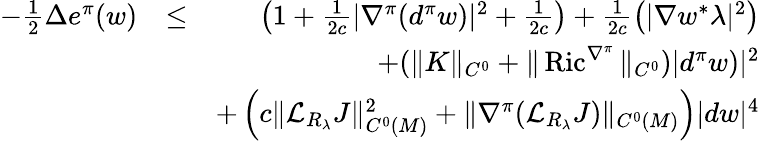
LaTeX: \begin{array}{rlr}{-\frac{1}{2}\Delta e^{\pi}(w)}&{\leq}&{\left(1+\frac 1{2c}|\nabla^{\pi}(d^{\pi}w)|^{2}+\frac 1{2c}\right)+\frac{1}{2c}\left(|\nabla w^{*}\lambda|^{2}\right)}\\ &{}&{+(\| K\| _{C^{0}}+\| \operatorname{Ric}^{\nabla^{\pi}}\| _{C^{0}})|d^{\pi}w)|^{2}}\\ &{}&{+\left(c\| {\mathcal L}_{R_{\lambda}}J\| _{C^{0}(M)}^{2}+\| \nabla^{\pi}({\mathcal L}_{R_{\lambda}}J)\| _{C^{0}(M)}\right)|dw|^{4}}\end{array}